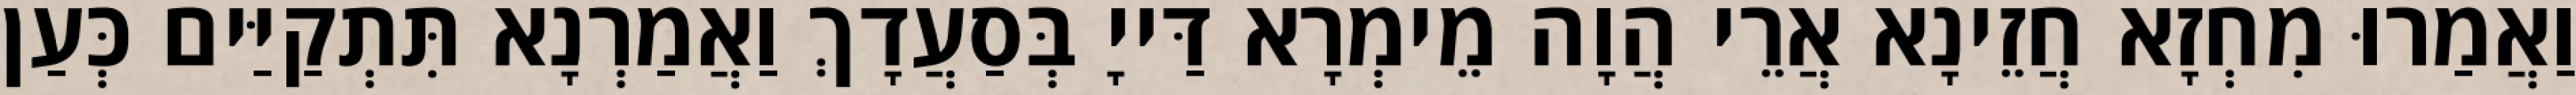
וַאֲמַרוּ מִחְזָא חֲזֵינָא אֲרֵי הֲוָה מֵימְרָא דַּייָ בְּסַעֲדָךְ וַאֲמַרְנָא תִּתְקַיַּים כְּעַן